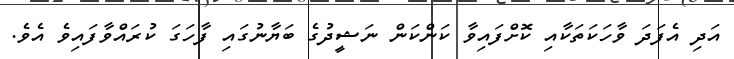
އަދި އެފަދަ ވާހަކަތަކާއި ކޮށްފައިވާ ކަންކަން ނަޝީދުގެ ބަޔާނުގައި ފާހަގަ ކުރައްވާފައިވެ އެވެ.